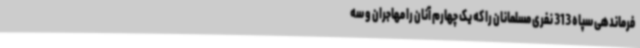
فرماندهی سپاه 313 نفری مسلمانان را که یک چهارم آنان را مهاجران و سه